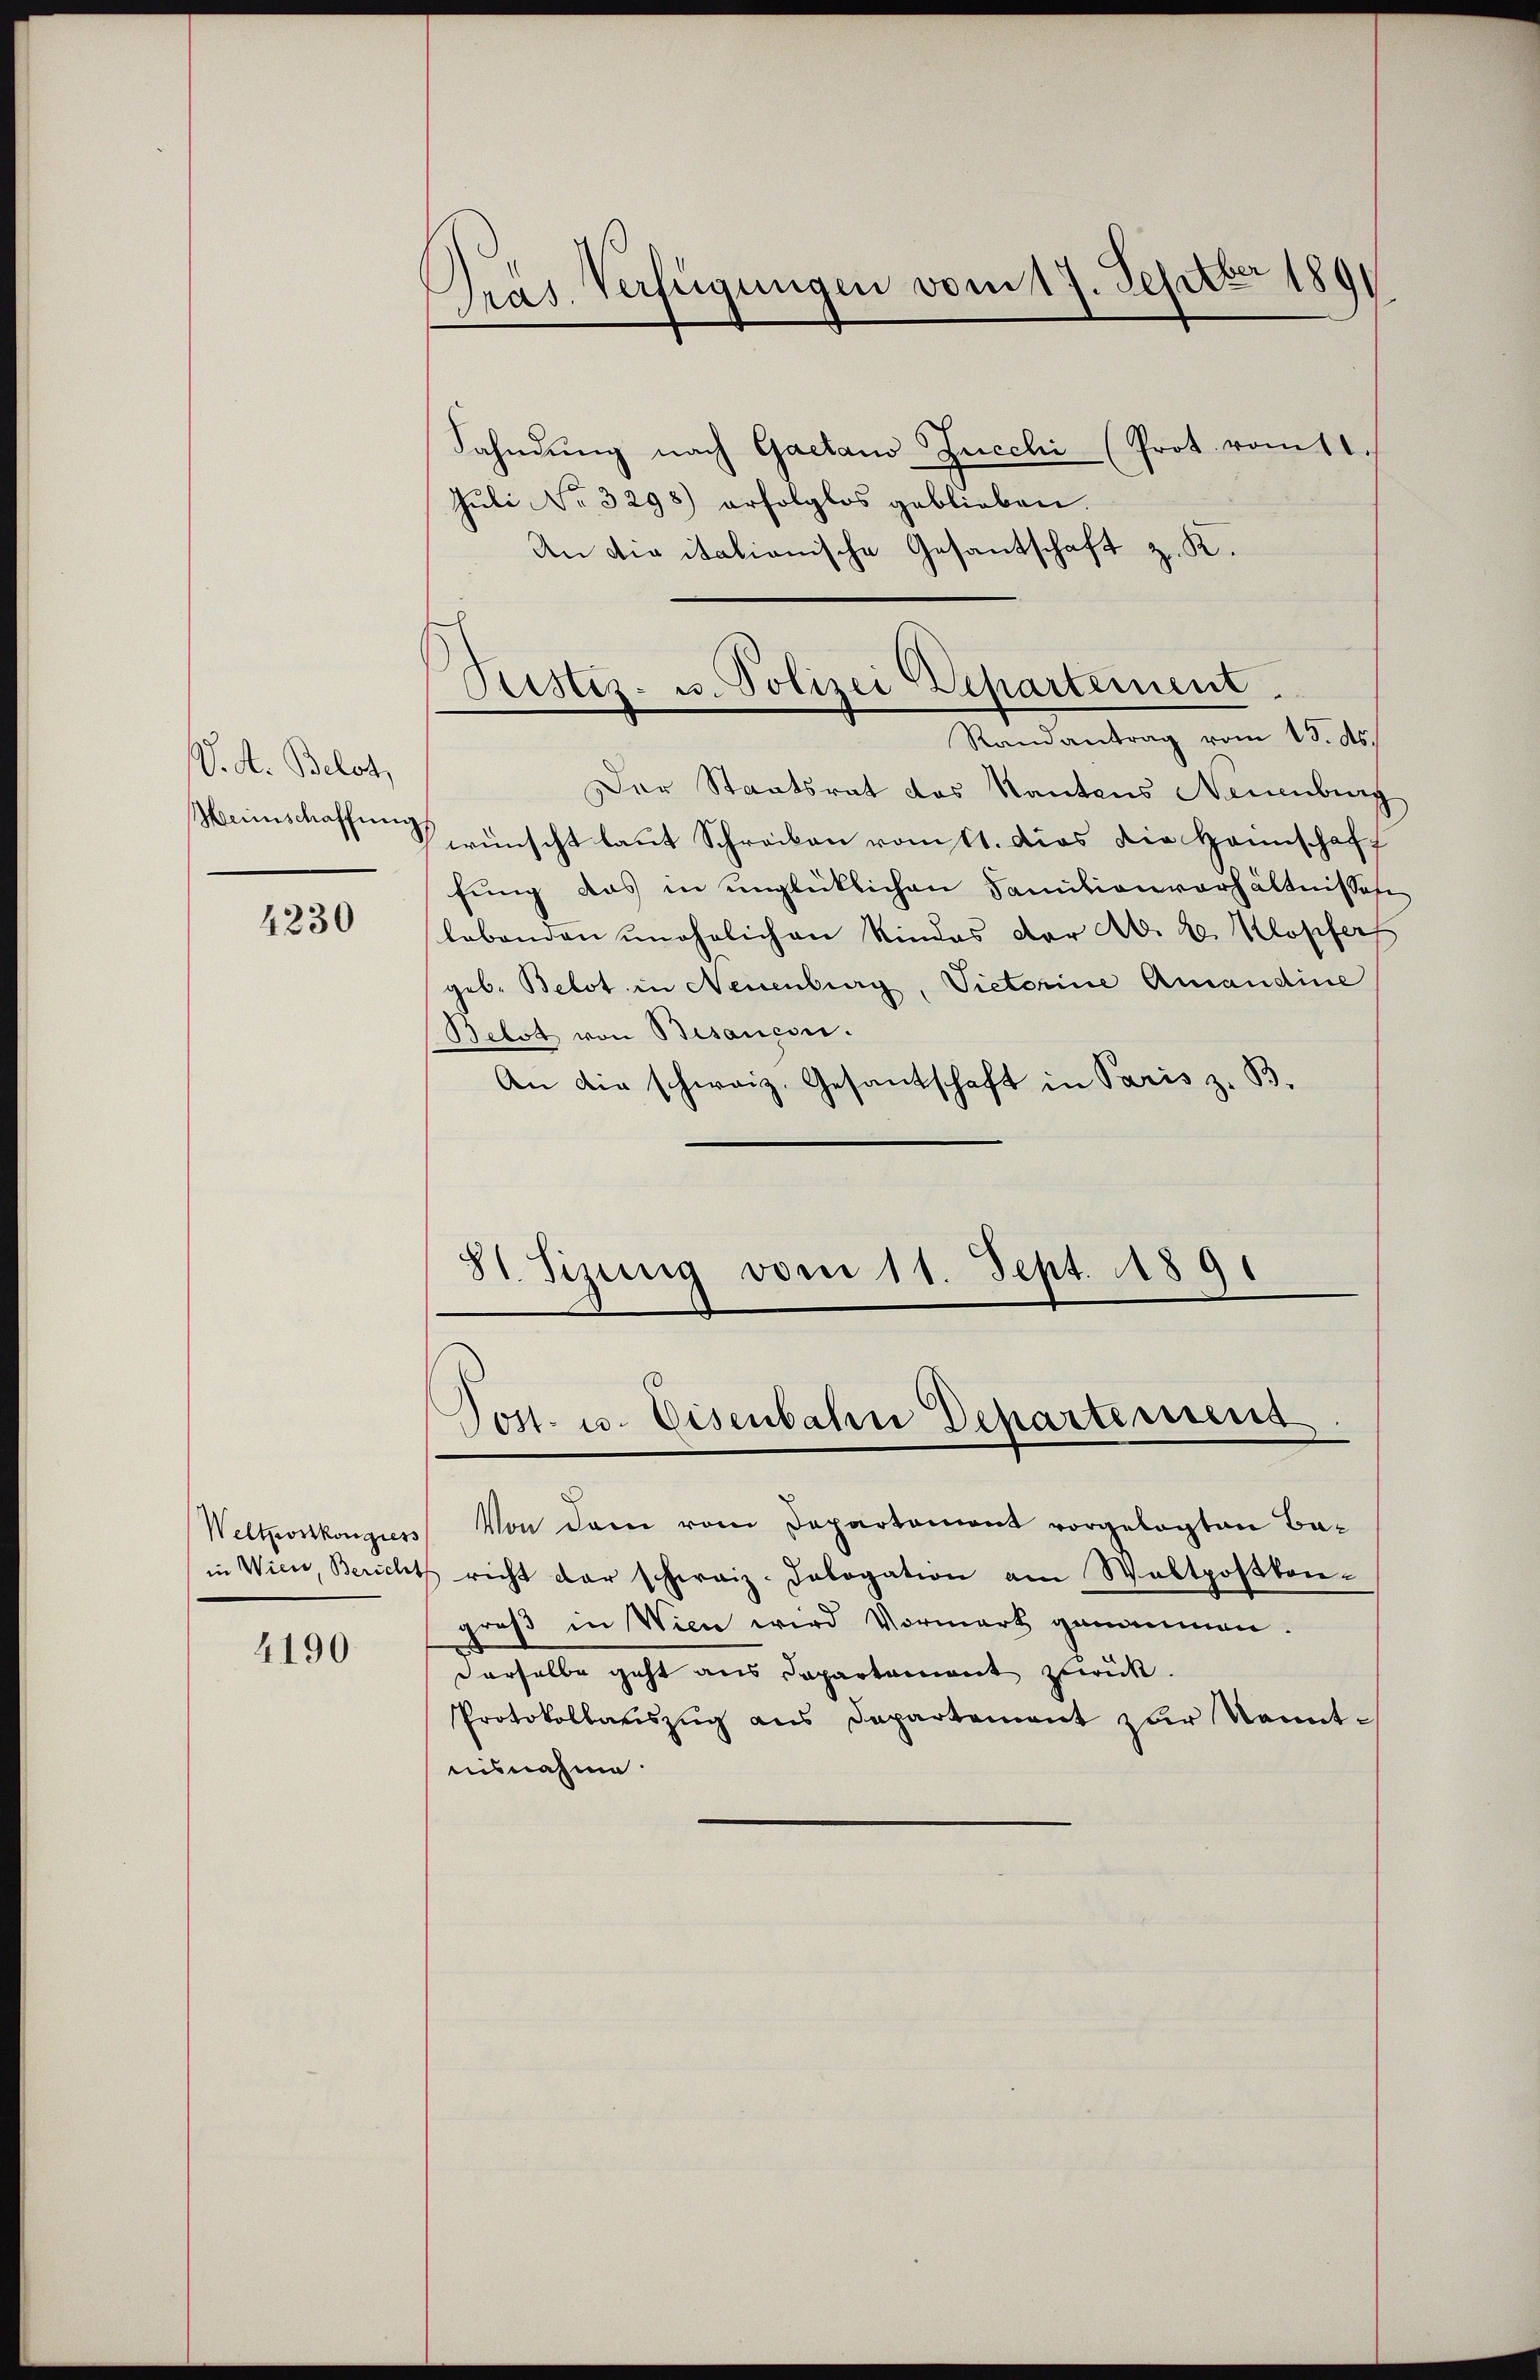
V. A. Belot,
Menschaffung

4230

Weltonskongiess

4190

Pras Verfügungen vom 17. Septbr 1891

Fahndŭng nach Gaetano Zucchi (Prot. vom 11.
Juli No 3298) erfolglos geblieben.
An die italianische Gesantschaft z. K.
Der Staatsrat des Kantons Neuenburg
wünscht laut Schrecken vom 11. dies die Heimschaft
fung das in unglücklichen Familienverhältnisses
lebenden unehelichen Kindes der Ab. 2. Klopfers
geb. Betot in Neuenburg, Victorine Amandine
Belst von Besançon.
An die schweiz. Gesantschaft in Paris z. B.
81. Sizung vom 11. Sept. 1891

Ristiz- u. Polizei Departement.
Randantrag vom 15. ds.

Post. u. Eisenbahn Departemens.

Von dem vom Departement vorgelegten Bain Wien, Bericht richt der schweiz. Pologation am Waltpostkon-
groß in Wien wird Vormerk genommen.
derselbe geht aus Departament zurück.
Protokollauszug aus Departement zur Kenntnisnahme.